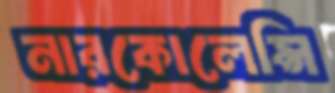
নারকোলেপ্সি